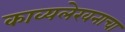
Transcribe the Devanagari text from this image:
काव्यलेखनाचा